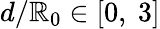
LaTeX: d/\mathbb{R}_{0}\in[0,\ 3]